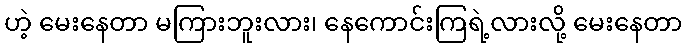
ဟဲ့ မေးနေတာ မကြားဘူးလား၊ နေကောင်းကြရဲ့လားလို့ မေးနေတာ